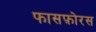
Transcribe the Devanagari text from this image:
फासफ़ोरस